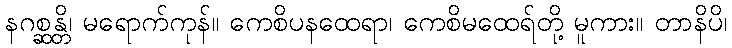
နဂစ္ဆန္တိ၊ မရောက်ကုန်။ ကေစိပနထေရာ၊ ကေစိမထေရ်တို့ မူကား။ တာနိပိ၊